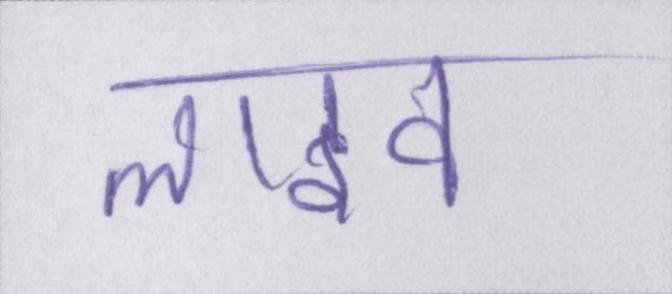
लाइव